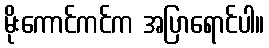
မိုးကောင်ကင်က အပြာရောင်ပါ။